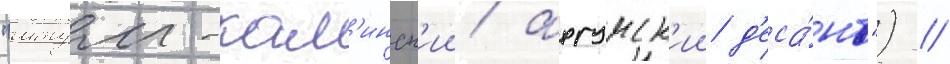
"итум-кал'инск'ии/ аргунск'ии д'еса́нт") //